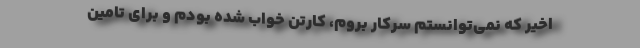
اخیر که نمی‌توانستم سرکار بروم، کارتن خواب شده بودم و برای تامین